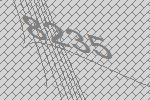
8235